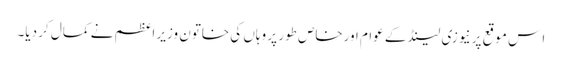
ا س موقع پر نیوزی لینڈ کے عوام اورخاص طور پر وہاں کی خاتون وزیر اعظم نے کمال کر دیا۔